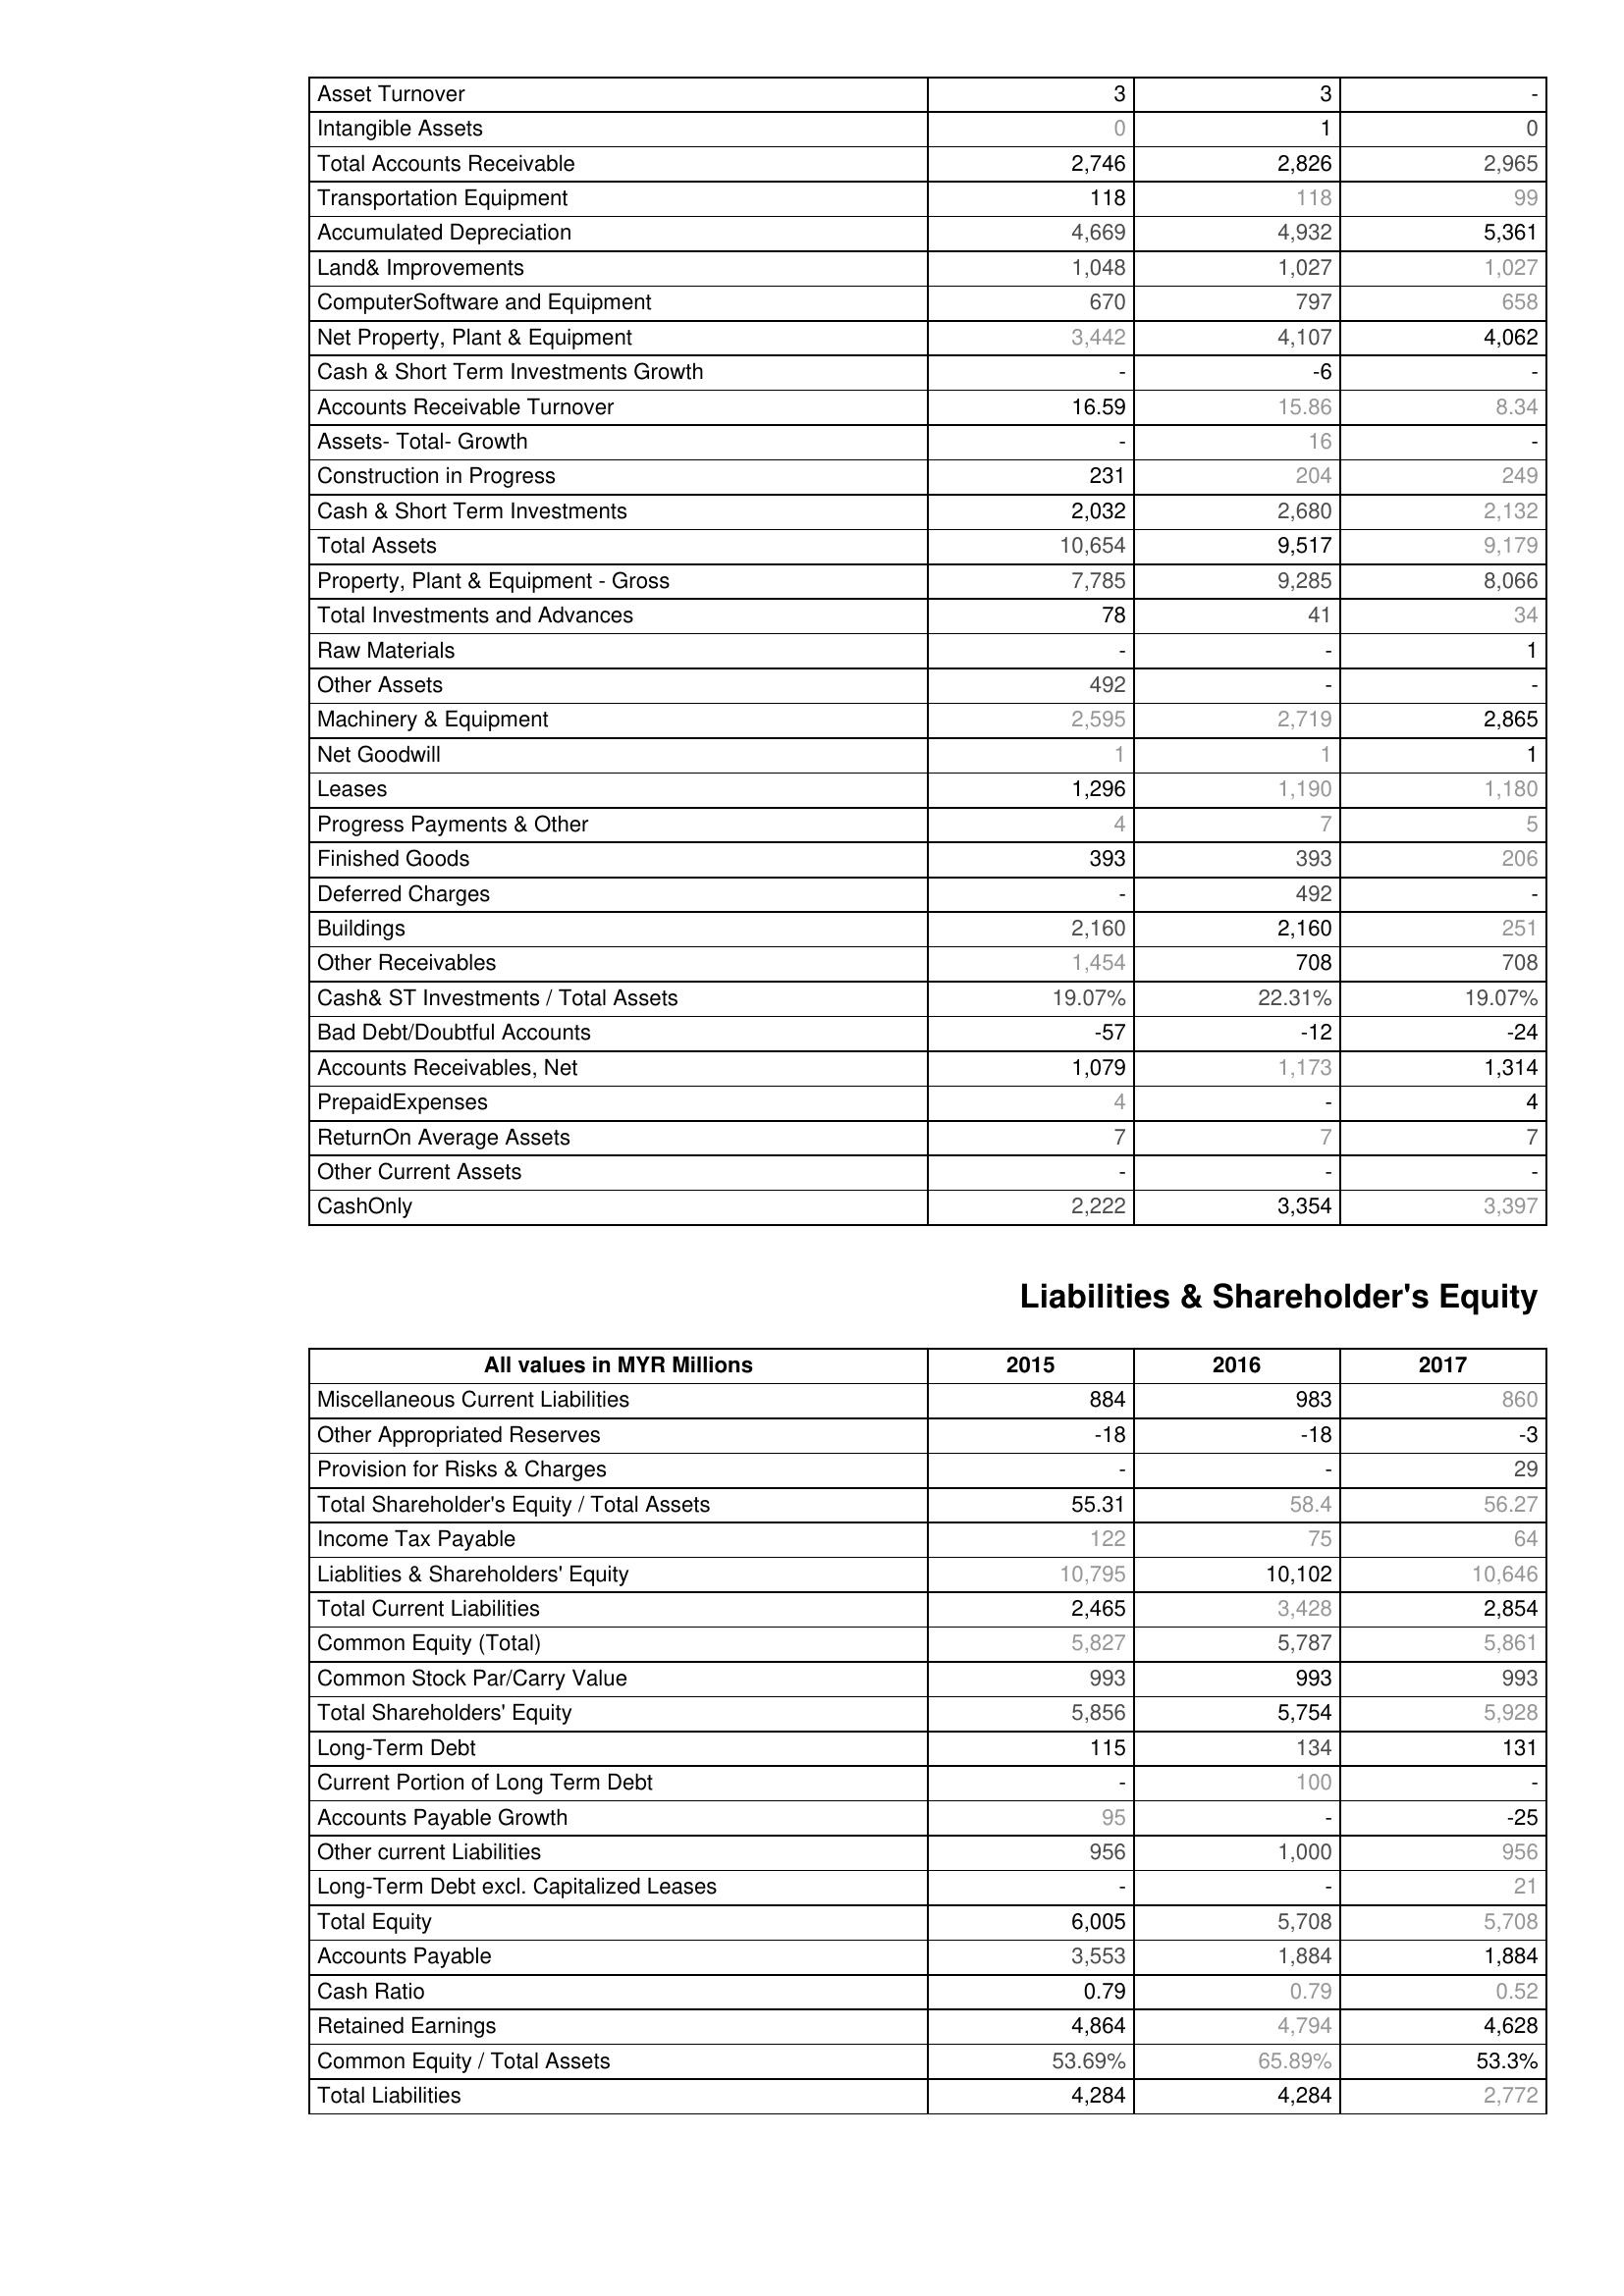
2015: Assets: Asset Turnover: 3
Intangible Assets: 0
Total Accounts Receivable: 2,746
Transportation Equipment: 118
Accumulated Depreciation: 4,669
Land& Improvements: 1,048
ComputerSoftware and Equipment: 670
Net Property, Plant & Equipment: 3,442
Cash & Short Term Investments Growth: -
Accounts Receivable Turnover: 16.59
Assets- Total- Growth: -
Construction in Progress: 231
Cash & Short Term Investments: 2,032
Total Assets: 10,654
Property, Plant & Equipment - Gross : 7,785
Total Investments and Advances: 78
Raw Materials: -
Other Assets: 492
Machinery & Equipment: 2,595
Net Goodwill: 1
Leases: 1,296
Progress Payments & Other: 4
Finished Goods: 393
Deferred Charges: -
Buildings: 2,160
Other Receivables: 1,454
Cash& ST Investments / Total Assets: 19.07%
Bad Debt/Doubtful Accounts: -57
Accounts Receivables, Net: 1,079
PrepaidExpenses: 4
ReturnOn Average Assets: 7
Other Current Assets: -
CashOnly: 2,222
Liabilities & Shareholder's Equity: Miscellaneous Current Liabilities: 884
Other Appropriated Reserves: -18
Provision for Risks & Charges: -
Total Shareholder's Equity / Total Assets: 55.31
Income Tax Payable: 122
Liablities & Shareholders' Equity: 10,795
Total Current Liabilities: 2,465
Common Equity (Total): 5,827
Common Stock Par/Carry Value: 993
Total Shareholders' Equity: 5,856
Long-Term Debt: 115
Current Portion of Long Term Debt: -
Accounts Payable Growth: 95
Other current Liabilities: 956
Long-Term Debt excl. Capitalized Leases: -
Total Equity: 6,005
Accounts Payable: 3,553
Cash Ratio: 0.79
Retained Earnings: 4,864
Common Equity / Total Assets: 53.69%
Total Liabilities: 4,284
2016: Assets: Asset Turnover: 3
Intangible Assets: 1
Total Accounts Receivable: 2,826
Transportation Equipment: 118
Accumulated Depreciation: 4,932
Land& Improvements: 1,027
ComputerSoftware and Equipment: 797
Net Property, Plant & Equipment: 4,107
Cash & Short Term Investments Growth: -6
Accounts Receivable Turnover: 15.86
Assets- Total- Growth: 16
Construction in Progress: 204
Cash & Short Term Investments: 2,680
Total Assets: 9,517
Property, Plant & Equipment - Gross : 9,285
Total Investments and Advances: 41
Raw Materials: -
Other Assets: -
Machinery & Equipment: 2,719
Net Goodwill: 1
Leases: 1,190
Progress Payments & Other: 7
Finished Goods: 393
Deferred Charges: 492
Buildings: 2,160
Other Receivables: 708
Cash& ST Investments / Total Assets: 22.31%
Bad Debt/Doubtful Accounts: -12
Accounts Receivables, Net: 1,173
PrepaidExpenses: -
ReturnOn Average Assets: 7
Other Current Assets: -
CashOnly: 3,354
Liabilities & Shareholder's Equity: Miscellaneous Current Liabilities: 983
Other Appropriated Reserves: -18
Provision for Risks & Charges: -
Total Shareholder's Equity / Total Assets: 58.4
Income Tax Payable: 75
Liablities & Shareholders' Equity: 10,102
Total Current Liabilities: 3,428
Common Equity (Total): 5,787
Common Stock Par/Carry Value: 993
Total Shareholders' Equity: 5,754
Long-Term Debt: 134
Current Portion of Long Term Debt: 100
Accounts Payable Growth: -
Other current Liabilities: 1,000
Long-Term Debt excl. Capitalized Leases: -
Total Equity: 5,708
Accounts Payable: 1,884
Cash Ratio: 0.79
Retained Earnings: 4,794
Common Equity / Total Assets: 65.89%
Total Liabilities: 4,284
2017: Assets: Asset Turnover: -
Intangible Assets: 0
Total Accounts Receivable: 2,965
Transportation Equipment: 99
Accumulated Depreciation: 5,361
Land& Improvements: 1,027
ComputerSoftware and Equipment: 658
Net Property, Plant & Equipment: 4,062
Cash & Short Term Investments Growth: -
Accounts Receivable Turnover: 8.34
Assets- Total- Growth: -
Construction in Progress: 249
Cash & Short Term Investments: 2,132
Total Assets: 9,179
Property, Plant & Equipment - Gross : 8,066
Total Investments and Advances: 34
Raw Materials: 1
Other Assets: -
Machinery & Equipment: 2,865
Net Goodwill: 1
Leases: 1,180
Progress Payments & Other: 5
Finished Goods: 206
Deferred Charges: -
Buildings: 251
Other Receivables: 708
Cash& ST Investments / Total Assets: 19.07%
Bad Debt/Doubtful Accounts: -24
Accounts Receivables, Net: 1,314
PrepaidExpenses: 4
ReturnOn Average Assets: 7
Other Current Assets: -
CashOnly: 3,397
Liabilities & Shareholder's Equity: Miscellaneous Current Liabilities: 860
Other Appropriated Reserves: -3
Provision for Risks & Charges: 29
Total Shareholder's Equity / Total Assets: 56.27
Income Tax Payable: 64
Liablities & Shareholders' Equity: 10,646
Total Current Liabilities: 2,854
Common Equity (Total): 5,861
Common Stock Par/Carry Value: 993
Total Shareholders' Equity: 5,928
Long-Term Debt: 131
Current Portion of Long Term Debt: -
Accounts Payable Growth: -25
Other current Liabilities: 956
Long-Term Debt excl. Capitalized Leases: 21
Total Equity: 5,708
Accounts Payable: 1,884
Cash Ratio: 0.52
Retained Earnings: 4,628
Common Equity / Total Assets: 53.3%
Total Liabilities: 2,772